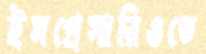
ইমপ্রেসারিওতে